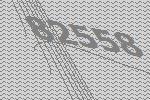
82558